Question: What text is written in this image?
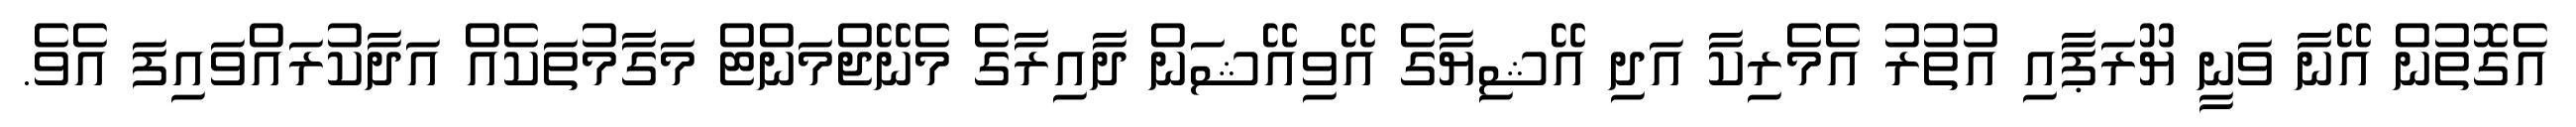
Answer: އެގޮތުން އޭނާ ވަނީ ޔޫރަޕާއި އުތުރު އެމެރިކާ އަދި އޭޝިޔާގެ އޭވިއޭޝަން ދާއިރާގެ މެނޭޖްމަންޓް މަގާމުތަކެއް އަދާކުރައްވައިފަ އެވެ.